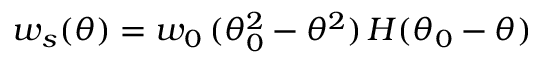
w _ { s } ( \theta ) = w _ { 0 } \, ( \theta _ { 0 } ^ { 2 } - \theta ^ { 2 } ) \, H ( \theta _ { 0 } - \theta )